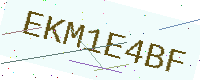
Text: EKM1E4BF